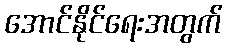
အောင်နိုင်ရေးအတွက်